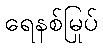
ရေနစ်မြုပ်